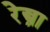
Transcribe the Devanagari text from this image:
रेस्त्रा